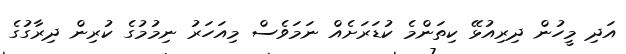
އަދި މީހުން ދިރިއުޅޭ ކިތަަންމެ ކުޑަރަށެއް ނަމަވެސް މިއަހަރު ނިމުމުގެ ކުރިން ދިރާގުގެ